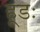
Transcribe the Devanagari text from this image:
हूडः